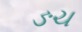
ઙચ